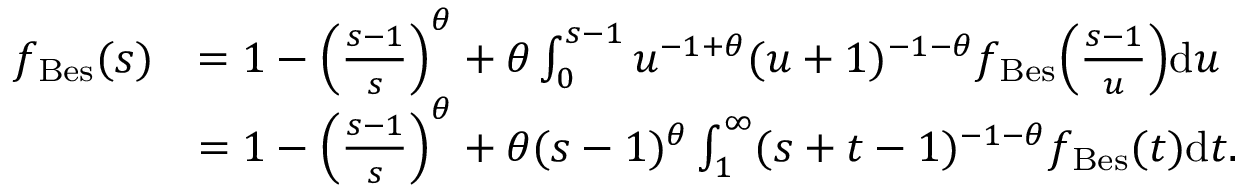
\begin{array} { r l } { f _ { \mathrm { B e s } } ( s ) } & { = 1 - \Big ( \frac { s - 1 } { s } \Big ) ^ { \theta } + \theta \int _ { 0 } ^ { s - 1 } u ^ { - 1 + \theta } ( u + 1 ) ^ { - 1 - \theta } f _ { \mathrm { B e s } } \Big ( \frac { s - 1 } { u } \Big ) \mathrm { d } u } \\ & { = 1 - \Big ( \frac { s - 1 } { s } \Big ) ^ { \theta } + \theta ( s - 1 ) ^ { \theta } \int _ { 1 } ^ { \infty } ( s + t - 1 ) ^ { - 1 - \theta } f _ { \mathrm { B e s } } ( t ) \mathrm { d } t . } \end{array}